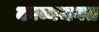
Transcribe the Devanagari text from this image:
काव्यजगत